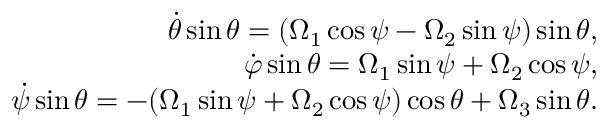
\begin{array} { r } { \dot { \theta } \sin \theta = ( \Omega _ { 1 } \cos \psi - \Omega _ { 2 } \sin \psi ) \sin \theta , } \\ { \dot { \varphi } \sin \theta = \Omega _ { 1 } \sin \psi + \Omega _ { 2 } \cos \psi , } \\ { \dot { \psi } \sin \theta = - ( \Omega _ { 1 } \sin \psi + \Omega _ { 2 } \cos \psi ) \cos \theta + \Omega _ { 3 } \sin \theta . } \end{array}